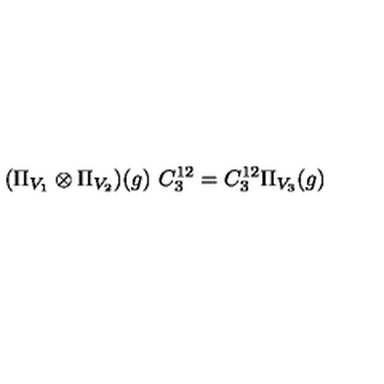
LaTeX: ( \Pi _ { V _ { 1 } } \otimes \Pi _ { V _ { 2 } } ) ( g ) \ C _ { 3 } ^ { 1 2 } = C _ { 3 } ^ { 1 2 } \Pi _ { V _ { 3 } } ( g )